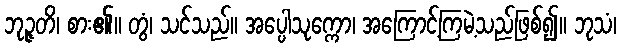
ဘုဉ္ဇတိ၊ စား၏။ တွံ၊ သင်သည်။ အပ္ပေါသုက္ကော၊ အကြောင့်ကြမဲ့သည်ဖြစ်၍။ ဘုသံ၊